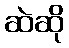
ဆဲဆို